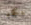
يكاد